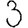
Digit: 3